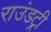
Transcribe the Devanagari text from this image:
राउंडट्री